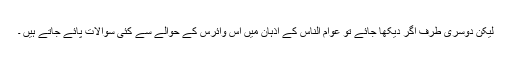
لیکن دوسری طرف اگر دیکھا جائے تو عوام الناس کے اذہان میں اس وائرس کے حوالے سے کئی سوالات پائے جاتے ہیں ۔